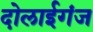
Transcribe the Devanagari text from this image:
दोलाईगंज